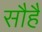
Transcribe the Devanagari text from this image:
सौहै